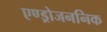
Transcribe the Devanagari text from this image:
एण्ड्रोजननिक